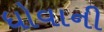
ધોવાની